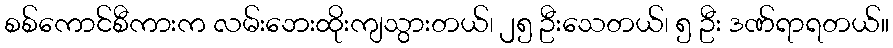
စစ်ကောင်စီကားက လမ်းဘေးထိုးကျသွားတယ်၊ ၂၅ ဦးသေတယ်၊ ၅ ဦး ဒဏ်ရာရတယ်။